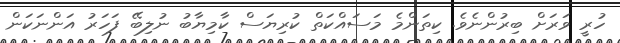
ހުރީ ވަރަށް ބިރުންނެވެ. ކިތަންމެ މަސައްކަތް ކުރިޔަސް ކާމިޔާބު ނުލިބޭ ފަހަރު އަންނަކަން